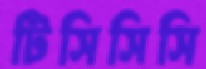
টিসিসিসি